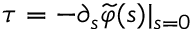
\tau = - \partial _ { s } { \widetilde { \varphi } } ( s ) | _ { s = 0 }